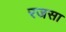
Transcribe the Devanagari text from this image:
रजसा